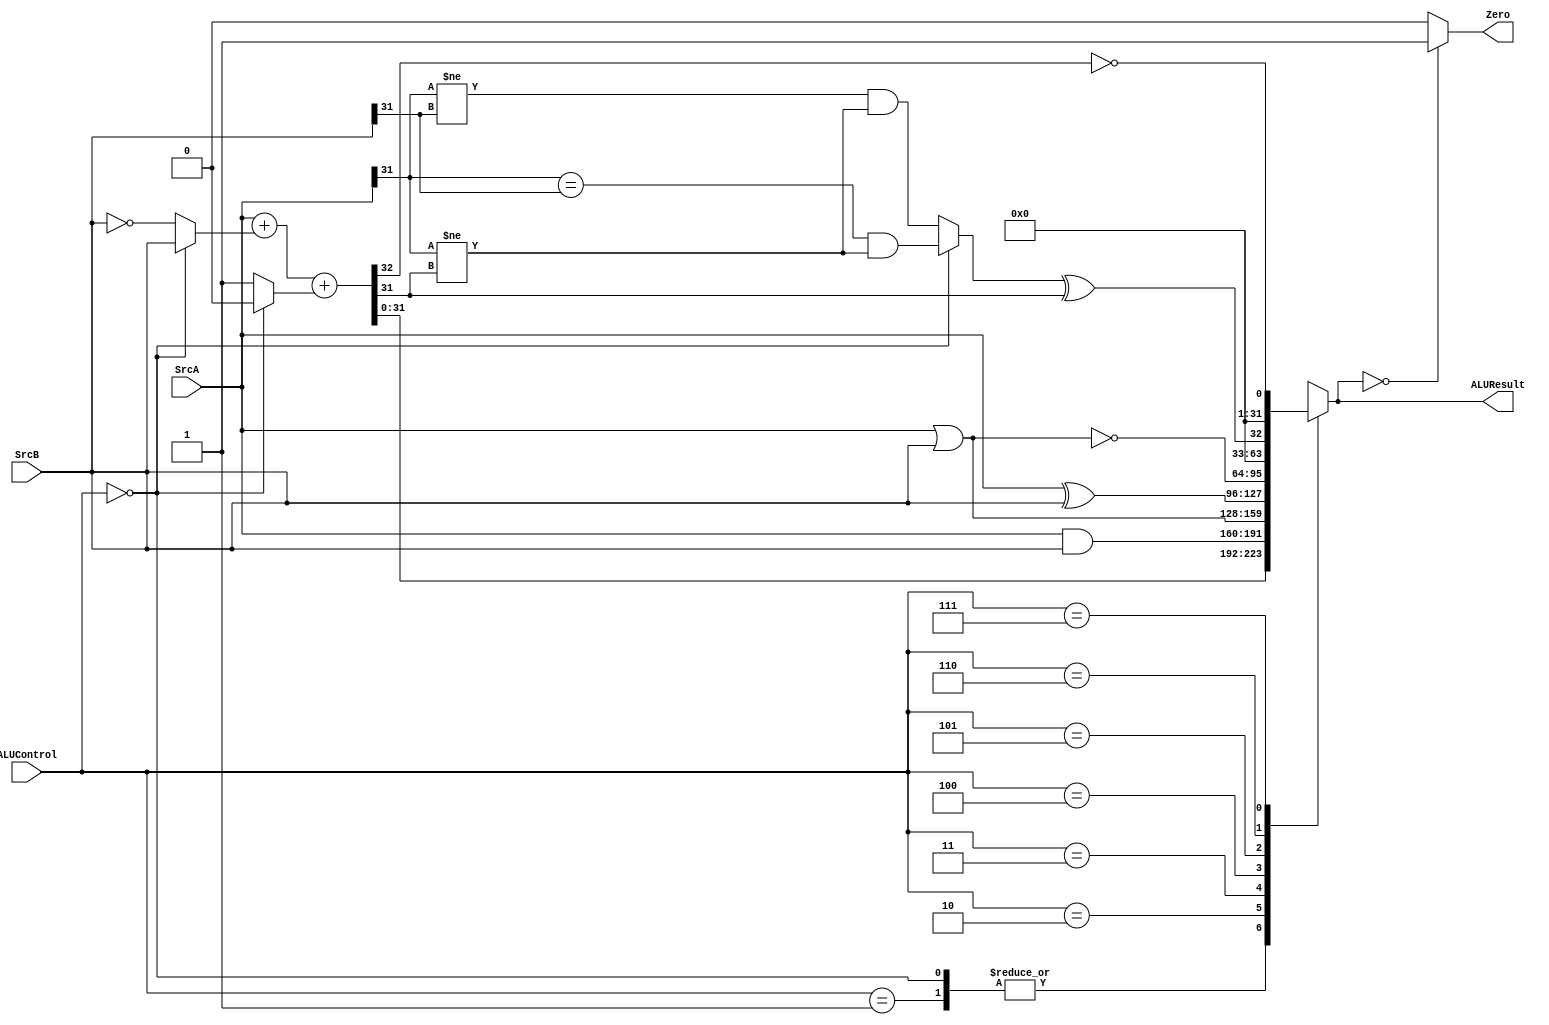
module alu(
	input [31:0] SrcA, 
    input [31:0] SrcB, 
    input [2:0] ALUControl, 
    output reg [31:0] ALUResult, 
    output Zero);
	
   wire sub_flag = (ALUControl == 3'b000) ? 0:1;
   wire [31:0] B_prime = (sub_flag == 1) ? (~SrcB):(SrcB);
   wire [32:0] sum = SrcA + B_prime + sub_flag;
   wire sltu = ! sum[32];
   wire v = (sub_flag == 1) ? (SrcA[31] != SrcB[31] && SrcA[31] != sum[31]) : (SrcA[31] == SrcB[31] && SrcA[31] != sum[31]);
   wire slt = v ^ sum[31];
   reg [31:0] Result;
   always @(*)
      case(ALUControl)
         3'b000 : ALUResult = sum;
         3'b001 : ALUResult = sum;
         3'b010 : ALUResult = SrcA & SrcB;
         3'b011 : ALUResult = SrcA | SrcB;
         3'b100 : ALUResult = SrcA ^ SrcB;
         3'b101 : ALUResult = ~(SrcA | SrcB);
         3'b110 : ALUResult = slt;
         3'b111 : ALUResult = sltu;
      endcase
   assign  Zero = (ALUResult == 32'h00000000)? 1:0;    
endmodule